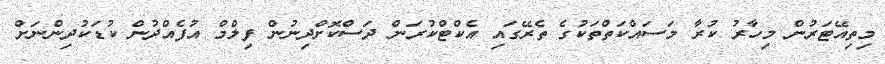
މިތިއޭޓަރުން މިހާރު ކުރާ މަސައްކަތްތަކުގެ ތެރޭގައި އެކްޓްކުރަން ދަސްކޮށްދިނުން ފިލްމް އުފެއްދުން ކުޑަކުދިންނަށް